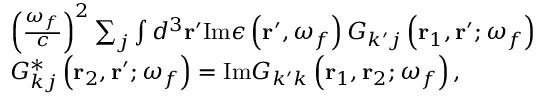
\begin{array} { r l } & { \left( \frac { \omega _ { f } } { c } \right) ^ { 2 } \sum _ { j } \int d ^ { 3 } \mathbf { r } ^ { \prime } \mathrm { I m } \epsilon \left( \mathbf { r } ^ { \prime } , \omega _ { f } \right) G _ { k ^ { \prime } j } \left( \mathbf { r } _ { 1 } , \mathbf { r } ^ { \prime } ; \omega _ { f } \right) } \\ & { G _ { k j } ^ { * } \left( \mathbf { r } _ { 2 } , \mathbf { r } ^ { \prime } ; \omega _ { f } \right) = \mathrm { I m } G _ { k ^ { \prime } k } \left( \mathbf { r } _ { 1 } , \mathbf { r } _ { 2 } ; \omega _ { f } \right) , } \end{array}